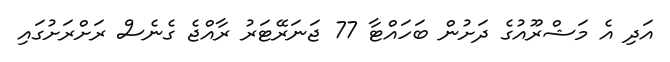
އަދި އެ މަޝްރޫއުގެ ދަށުން ބަހައްޓާ 77 ޖަނަރޭޓަރު ރާއްޖެ ގެނެސް ރަށްރަށުގައި